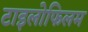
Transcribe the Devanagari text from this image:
टाइलोफिलम